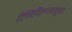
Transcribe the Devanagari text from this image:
लिहील्यामुळे